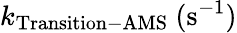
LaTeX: k_{\mathrm{Transition-AMS}}~(\mathrm{s}^{-1})